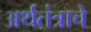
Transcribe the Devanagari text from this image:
अर्थतंत्राचे